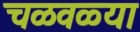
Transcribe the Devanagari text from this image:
चळवळ्या